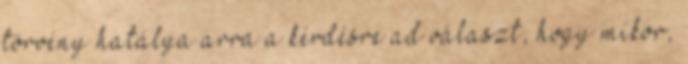
törvény hatálya arra a kérdésre ad választ, hogy mikor,